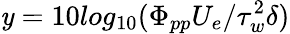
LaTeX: \mathit{y}=10log_{10}(\Phi_{pp}U_{e}/\tau_{w}^{2}\delta)